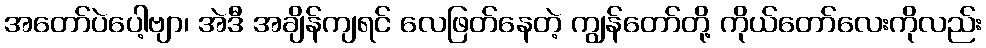
အတော်ပဲပေါ့ဗျာ၊ အဲဒီ အချိန်ကျရင် လေဖြတ်နေတဲ့ ကျွန်တော်တို့ ကိုယ်တော်လေးကိုလည်း